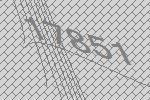
17851